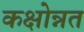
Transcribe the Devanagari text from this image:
कक्षोन्नत